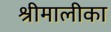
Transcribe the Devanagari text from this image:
श्रीमालीका